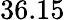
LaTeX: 36.15